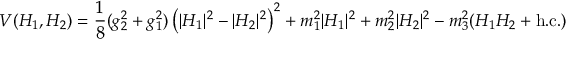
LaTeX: V ( H _ { 1 } , H _ { 2 } ) = \frac { 1 } { 8 } ( g _ { 2 } ^ { 2 } + g _ { 1 } ^ { 2 } ) \left( | H _ { 1 } | ^ { 2 } - | H _ { 2 } | ^ { 2 } \right) ^ { 2 } + m _ { 1 } ^ { 2 } | H _ { 1 } | ^ { 2 } + m _ { 2 } ^ { 2 } | H _ { 2 } | ^ { 2 } - m _ { 3 } ^ { 2 } ( H _ { 1 } H _ { 2 } + \mathrm { h . c . } )